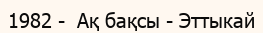
1982 -  Ақ бақсы - Эттыкай